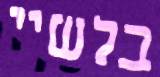
בלשיי